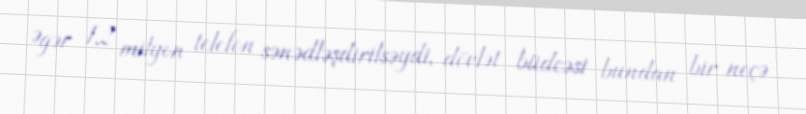
Əgər 1,2 milyon telefon sənədləşdirilsəydi, dövlət büdcəsi bundan bir neçə